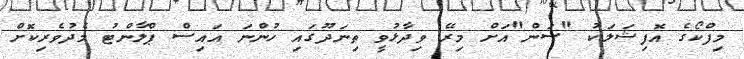
މިފްކޯގެ އޮފިޝަލަކު "ސަން"އަށް މިރޭ ވިދާޅުވީ ތިނަދޫގައި ހުންނަ އައިސް ޕްލާންޓު މެދުވެރިކޮށް